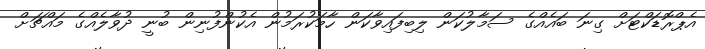
އެޕްރޮޑަކްޓަށް ގިނަ ބައެއްގެ ސަމާލުކަން ލިބިފައިވާކަން ހާމަކުރަމުން އެކުންފުނިން ބުނީ ދުވާލެއްގެ މައްޗަށް